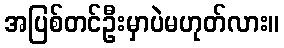
အပြစ်တင်ဦးမှာပဲမဟုတ်လား။